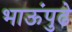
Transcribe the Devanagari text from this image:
भाऊंपुढे